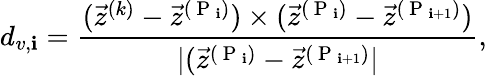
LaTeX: d_{v,\mathbf{i}}={\frac{{(\vec{{z}}^{(k)}-\vec{{z}}^{(\mathrm{{~P~}}_{\mathbf{i}})})\times(\vec{{z}}^{(\mathrm{{~P~}}_{\mathbf{i}})}-\vec{{z}}^{(\mathrm{{~P~}}_{\mathbf{i}+1})})}}{{|(\vec{{z}}^{(\mathrm{{~P~}}_{\mathbf{i}})}-\vec{{z}}^{(\mathrm{{~P~}}_{\mathbf{i}+1})}|}}},